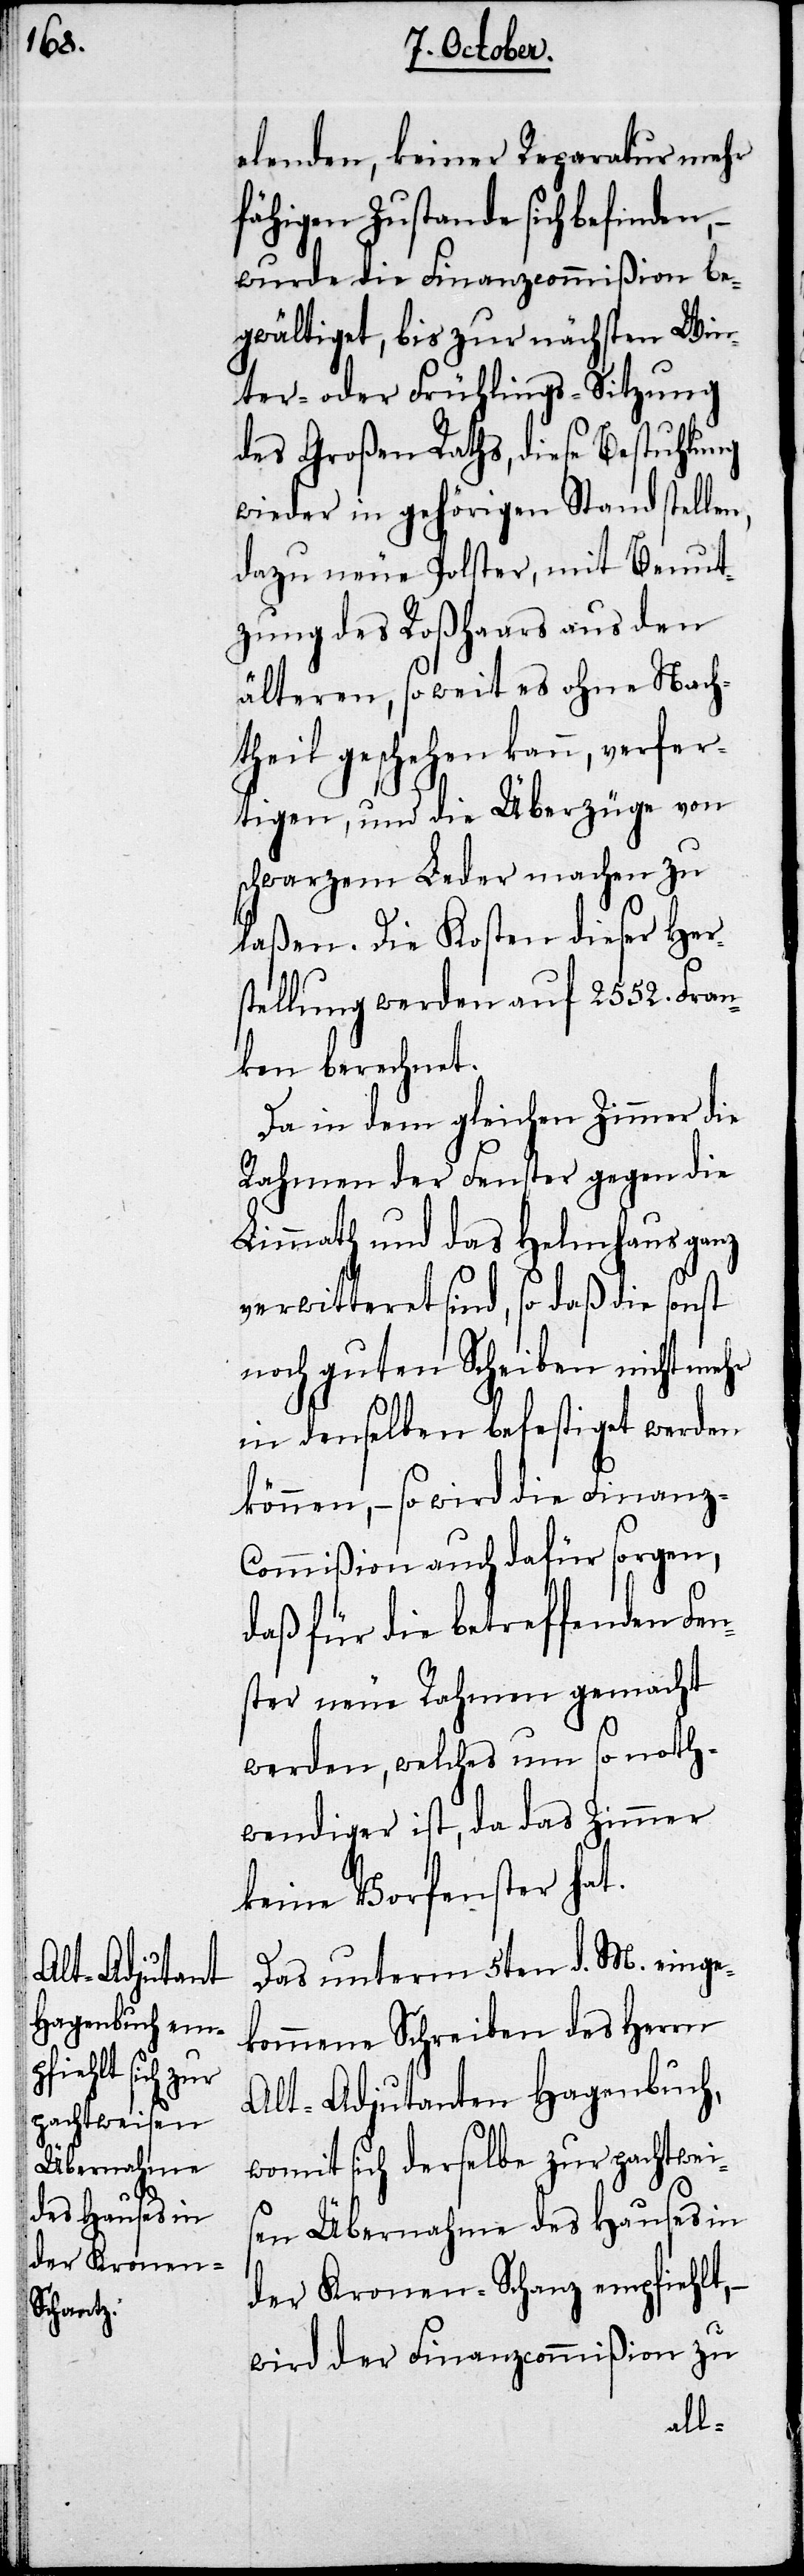
elenden, keiner Reparatur mehr
fähigen Zustande sich befinden,
wurde die Finanz-Commißion be¬
gwältiget, bis zur nächsten Win¬
ter- oder Frühlings-Sitzung
des Großen Raths, diese Bestuhlung
wieder in gehörigen Stand stelle¬
dazu neue Polster, mit Benut¬
zung des Roßhaars aus den
älteren, so weit es ohne Nach¬
theil geschehen kann, – verf¬
ertigen, und die Überzüge von
schwarzem Leder machen zu
laßen. Die Kosten dieser Her¬
stellung werden auf 2552. Fran¬
ken berechnet.
Da in dem gleichen Zimmer die
Rahmen der Fenster gegen die
Limmath und das Helmhaus ganz
verwitteret sind, so daß die sonst
noch guten Scheiben nicht mehr
in denselben befestiget werden
können, – so wird die Finanz-C¬
ommißion auch dafür sorgen,
daß für die betreffenden Fen¬
ster neue Rahmen gemacht
werden, welches um so noth¬
wendiger ist, da das Zimmer
keine Vorfenster hat.
Das unterm 5ten d. M. einge¬
kommene Schreiben des Herrn
Alt-Adjutanten Hagenbuch,
womit sich derselbe zur pachtwei¬
sen Übernahme des Hauses in
n,
der Kronen-Schanz empfiehlt, –
wird der Finanzcommißion zu